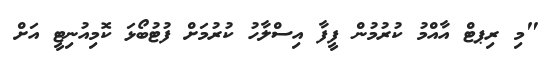
"މި ރިޕޓް އާއްމު ކުރުމުން ފީފާ އިސްލާހު ކުރުމަށް ފުޓުބޯޅަ ކޮމިއުނިޓީ އަށް